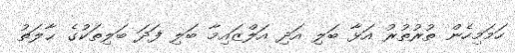
ހަމަމިހެން ތުރުތުރު އަޅާ ބަލި އަދި އަލްޒައިމާ ބަލި ފަދަ ބަލިތަކުގެ ޙާލަތު